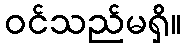
ဝင်သည်မရှိ။